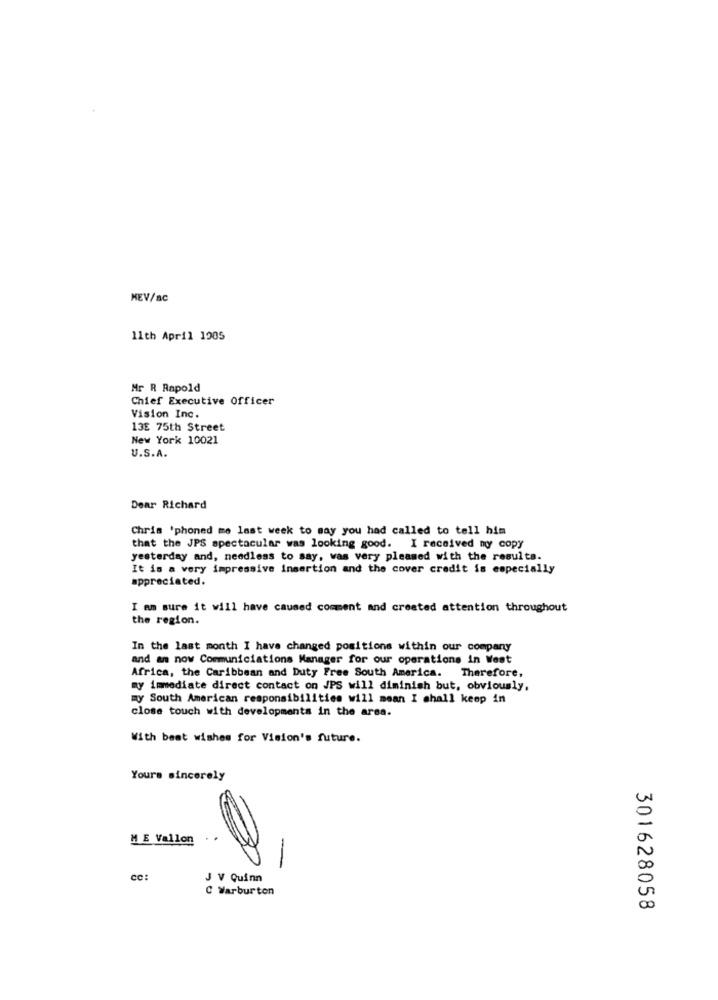
KEV/ac
11th April 1905
Mr R Rapold
Chief Executive Officer
Vision Inc.
13E 75th Street
New York 10021
U.S.A.
Dear Richard
Chris 'phoned me last week to say you had called to tell him
that the JPS spectacular was looking good. I received my copy
yesterday and, needless to say, was very pleased with the resulta.
It is a very impressive insertion and the cover credit is especially
appreciated.
I am sure it will have caused comment and created attention throughout
the region.
In the last month I have changed positions within our company
and an now Communiciations Manager for our operations in West
Africa, the Caribbean and Duty Free South America. Therefore,
my immediate direct contact on JPS will diminish but, obviously,
my South American responsibilities will mean I shall keep in
close touch with developments in the area.
With best wishes for Vision's future.
Yours sincerely
M E Vallon
-
cc:
J V Quinn
C Warburton
301628058